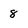
Character: 8